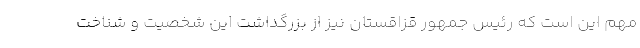
مهم این است که رئیس جمهور قزاقستان نیز از بزرگداشت این شخصیت و شناخت